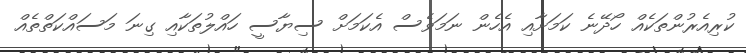
ކުރިއެރުންތަކެއް ހޯދޭނެ ކަމަށާއި އެހެން ނަމަވެސް އެކަމަށް ސިޔާސީ ހައްލުތަކާއި ގިނަ މަސައްކަތްތެއް